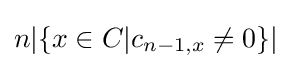
n|\{x\in C|c_{n-1,x}\neq 0\}|